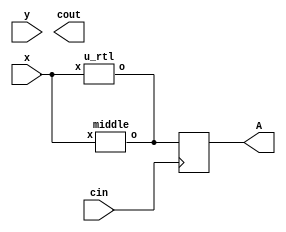
module top
(
 input x,
 input y,
 input cin,

 output reg A,
 output cout
 );
 parameter X = 1;
 wire o;


always @(posedge cin)
	A <= o;


middle u_mid (.x(x),.o(o));
u_rtl inst_u_rtl (.x(x),.o(o));

endmodule

module middle
(
	input x,
	input y,
	output o
);

assign o = x + y;
endmodule

module u_rtl
(
	input x,
	input y,
	output o
);

assign o = x + y;
endmodule